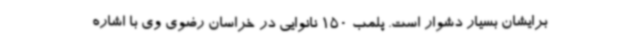
برایشان بسیار دشوار است. پلمب 150 نانوایی در خراسان رضوی وی با اشاره